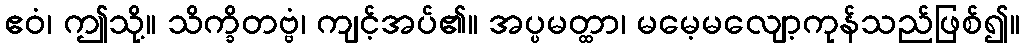
ဧဝံ၊ ဤသို့။ သိက္ခိတဗ္ဗံ၊ ကျင့်အပ်၏။ အပ္ပမတ္ထာ၊ မမေ့မလျော့ကုန်သည်ဖြစ်၍။